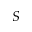
S